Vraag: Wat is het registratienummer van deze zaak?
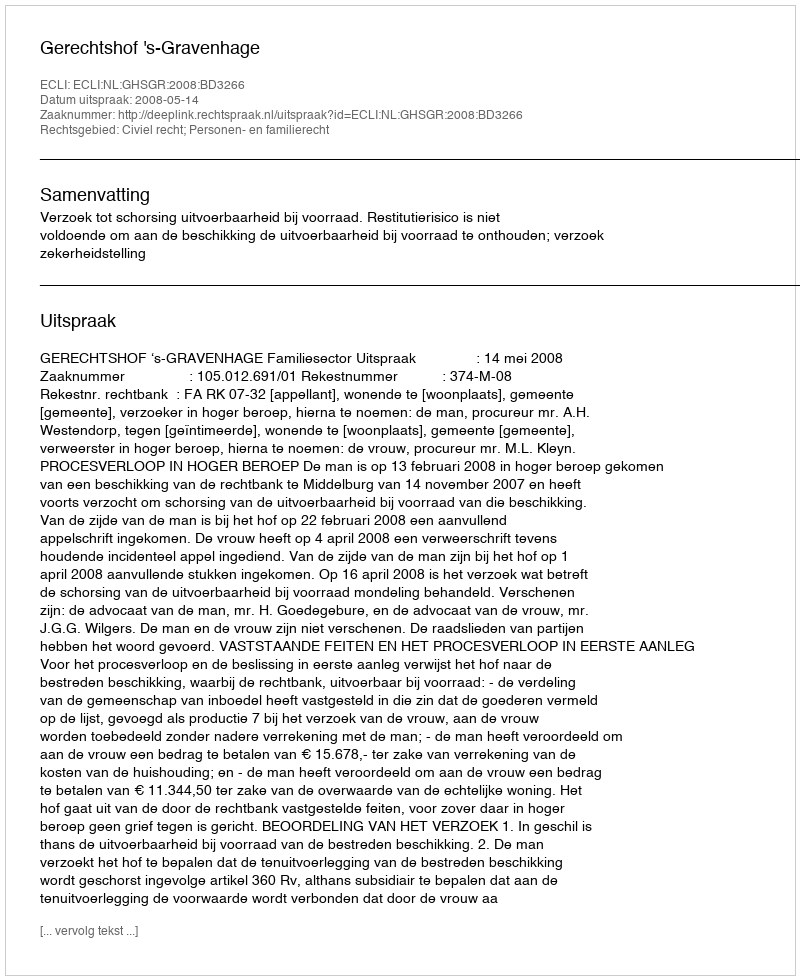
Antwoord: http://deeplink.rechtspraak.nl/uitspraak?id=ECLI:NL:GHSGR:2008:BD3266